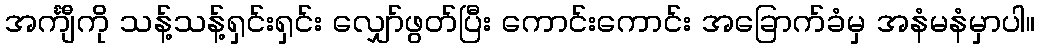
အင်္ကျီကို သန့်သန့်ရှင်းရှင်း လျှော်ဖွတ်ပြီး ကောင်းကောင်း အခြောက်ခံမှ အနံမနံမှာပါ။